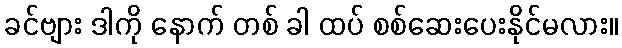
ခင်ဗျား ဒါကို နောက် တစ် ခါ ထပ် စစ်ဆေးပေးနိုင်မလား။